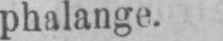
phalange.